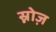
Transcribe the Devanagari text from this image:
स्नोज़